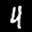
Label: 4